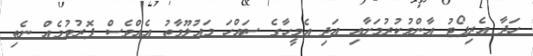
ހަދާ އެރިޕޯޓު އާންމުކުރުމަށާއި އަދި އެމީހާގެ ސައްހަ މައުލޫމާތު އެއްވެސް ފޮރުވުމެއް ނެތި